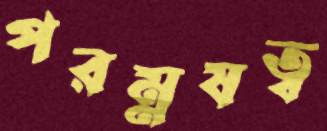
পরম্নষত্ব